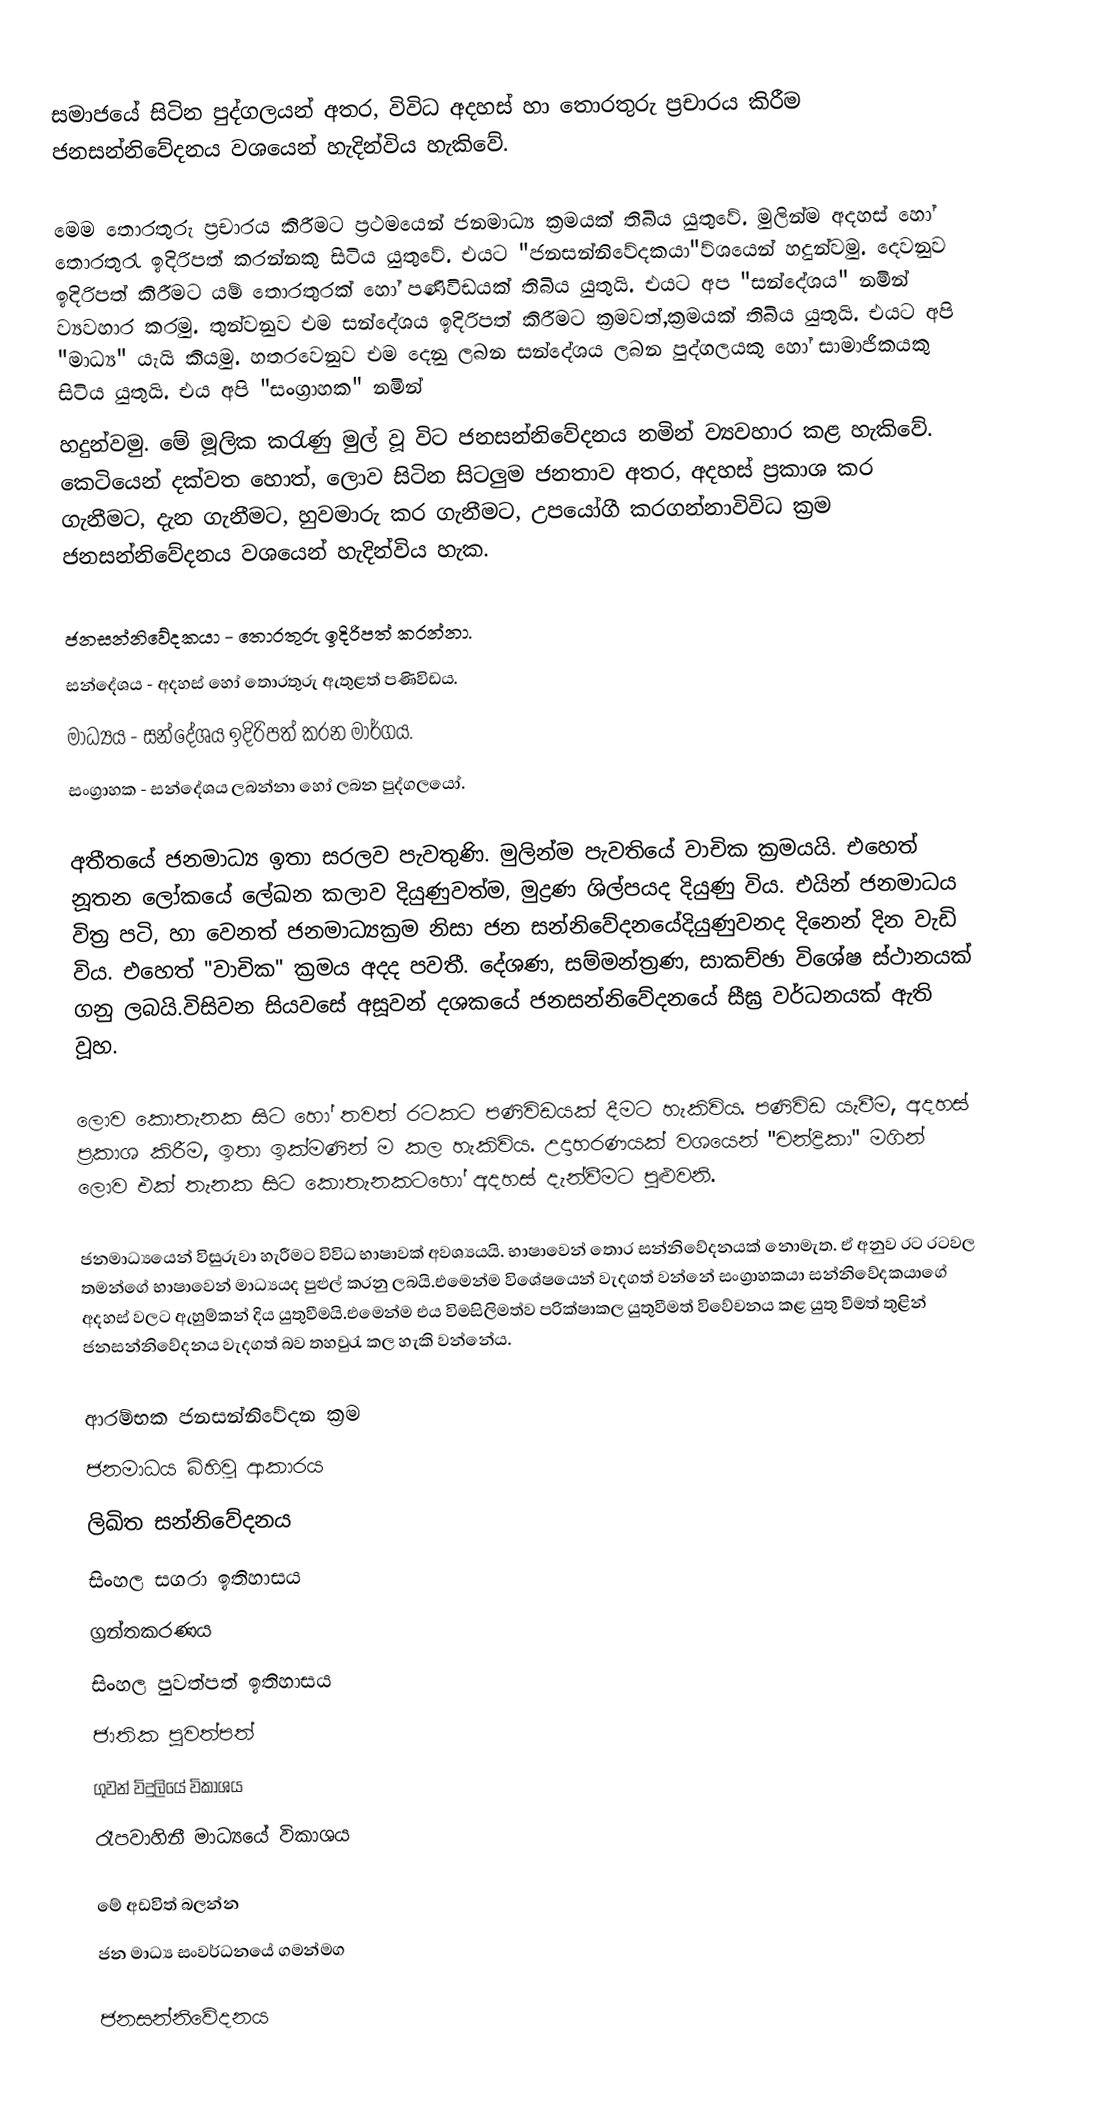
සමාජයේ සිටින පුද්ගලයන් අතර, විවිධ අදහස් හා තොරතුරු ප්‍රචාරය කිරීම ජනසන්නිවේදනය වශයෙන් හැදින්විය හැකිවේ.

මෙම තොරතුරු ප්‍රචාරය කිරීමට ප්‍රථමයෙන් ජනමාධ්‍ය ක්‍රමයක් තිබිය යුතුවේ. මුලින්ම අදහස් හෝ තොරතුරැ ඉදිරිපත් කරන්නකු සිටිය යුතුවේ. එයට "ජනසන්නිවේදකයා"ව්‍ශයෙන් හදුන්වමු. දෙවනුව ඉදිරිපත් කිරීමට යම් තොරතුරක් හෝ පණිවිඩයක් තිබිය යුතුයි. එයට අප "සන්දේශය" නමින් ව්‍යවහාර කරමු. තුන්වනුව එම සන්දේශය ඉදිරිපත් කිරීමට ක්‍රමවත්,ක්‍රමයක් තිබිය යුතුයි. එයට අපි "මාධ්‍ය" යැයි කියමු. හතරවෙනුව එම දෙනු ලබන සන්දේශය ලබන පුද්ගලයකු හෝ සාමාජිකයකු සිටිය යුතුයි. එය අපි "සංග්‍රාහක" නමින්
හදුන්වමු. මේ මූලික කරැණු මුල් වූ විට ජනසන්නිවේදනය නමින් ව්‍යවහාර කළ හැකිවේ. කෙටියෙන් දක්වත හොත්, ලොව සිටින සිටලුම ජනතාව අතර, අදහස් ප්‍රකාශ කර ගැනීමට, දැන ගැනීමට, හුවමාරු කර ගැනීමට, උපයෝගී කරගන්නාවිවිධ ක්‍රම ජනසන්නිවේදනය වශයෙන් හැදින්විය හැක.

ජනසන්නිවේදකයා - තොරතුරු ඉදිරිපත් කරන්නා.
සන්දේශය - අදහස් හෝ තොරතුරු ඇතුළත් පණිවිඩය.
මාධ්‍යය - සන්දේශය ඉදිරිපත් කරන මාර්ගය.
සංග්‍රාහක - සන්දේශය ලබන්නා හෝ ලබන පුද්ගලයෝ.

අතීතයේ ජනමාධ්‍ය ඉතා සරලව පැවතුණි. මුලින්ම පැවතියේ වාචික ක්‍රමයයි. එහෙත් නූතන ලෝකයේ ලේඛන කලාව දියුණුවත්ම, මුද්‍රණ ශිල්පයද දියුණු විය. එ‍යින් ජනමාධය විත්‍ර පටි, හා වෙනත් ජනමාධ්‍යක්‍රම නිසා ජන සන්නිවේදනයේදියුණුවනද දිනෙන් දින වැඩි විය. එහෙත් "වාචික" ක්‍රමය අදද පවතී. දේශණ, සම්මන්ත්‍රණ, සාකච්ඡා විශේෂ ස්ථානයක් ගනු ලබයි.විසිවන සිය‍වසේ අසූවන් දශකයේ ජනසන්නිවේදනයේ සීඝ්‍ර වර්ධනයක් ඇති වූහ.

ලොව කොතැනක සිට හෝ තවත් රටකට පණිවිඩයක් දීමට හැකිවිය. පණිවිඩ යැවීම, අදහස් ප්‍රකාශ කිරීම, ඉතා ඉක්මණින් ම කල හැකිවිය. උදාහරණයක් වශයෙන් "චන්ද්‍රිකා" මගින් ලොව එක් තැනක සිට කොතැනකටහෝ අදහස් දැන්වීමට පුළුවනි.

ජනමාධ්‍යයෙන් විසුරුවා හැරීමට විවිධ භාෂාවක් අවශ්‍යයයි. භාෂාවෙන් තොර සන්නිවේදනයක්‍ නොමැත. ඒ අනුව රට රටවල තමන්ගේ භාෂාවෙන් මාධ්‍යයද පුළුල් කරනු ලබයි.එමෙන්ම විශේෂයෙන් වැදගත් වන්නේ සංග්‍රාහකයා සන්නිවේදකයාගේ අදහස් වලට ඇහුම්කන් ‍දිය යුතුවීමයි.එමෙන්ම එය විමසිලිමත්ව පරික්ෂාකල යුතුවීමත් විවේචනය කළ යුතු වීමත් තුළින් ජනසන්නිවේදනය වැදගත් බව තහවුරැ කල හැකි වන්නේය.

 ආරම්භක ජනසන්නිවේදන ක්‍රම
 ජනමාධය බිහිවූ ආකාරය
 ලිඛිත සන්නිවේදනය
 සිංහල සගරා ඉතිහාසය
 ග්‍රන්තකරණය
 සිංහල පුවත්පත් ඉතිහාසය
 ජාතික පුවත්පත්
 ගුවන් විදුලියේ විකාශය
 රෑපවාහිනී මාධ්‍යයේ විකාශය

මේ අඩවිත් බලන්න
 ජන මාධ්‍ය සංවර්ධනයේ ගමන්මග

ජනසන්නිවේදනය